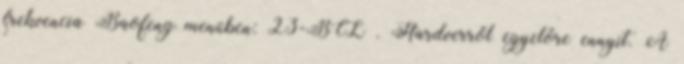
frekvencia Baofeng menüben: 23-BCL . Hardverről egyelőre ennyit. A